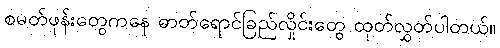
စမတ်ဖုန်းတွေကနေ ဓာတ်ရောင်ခြည်လှိုင်းတွေ ထုတ်လွှတ်ပါတယ်။